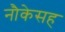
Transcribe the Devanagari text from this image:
नौकेसह